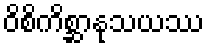
ဝိစိကိစ္ဆာနုသယဿ